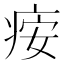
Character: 𬏪